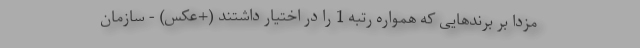
مزدا بر برندهایی که همواره رتبه 1 را در اختیار داشتند (+عکس) - سازمان